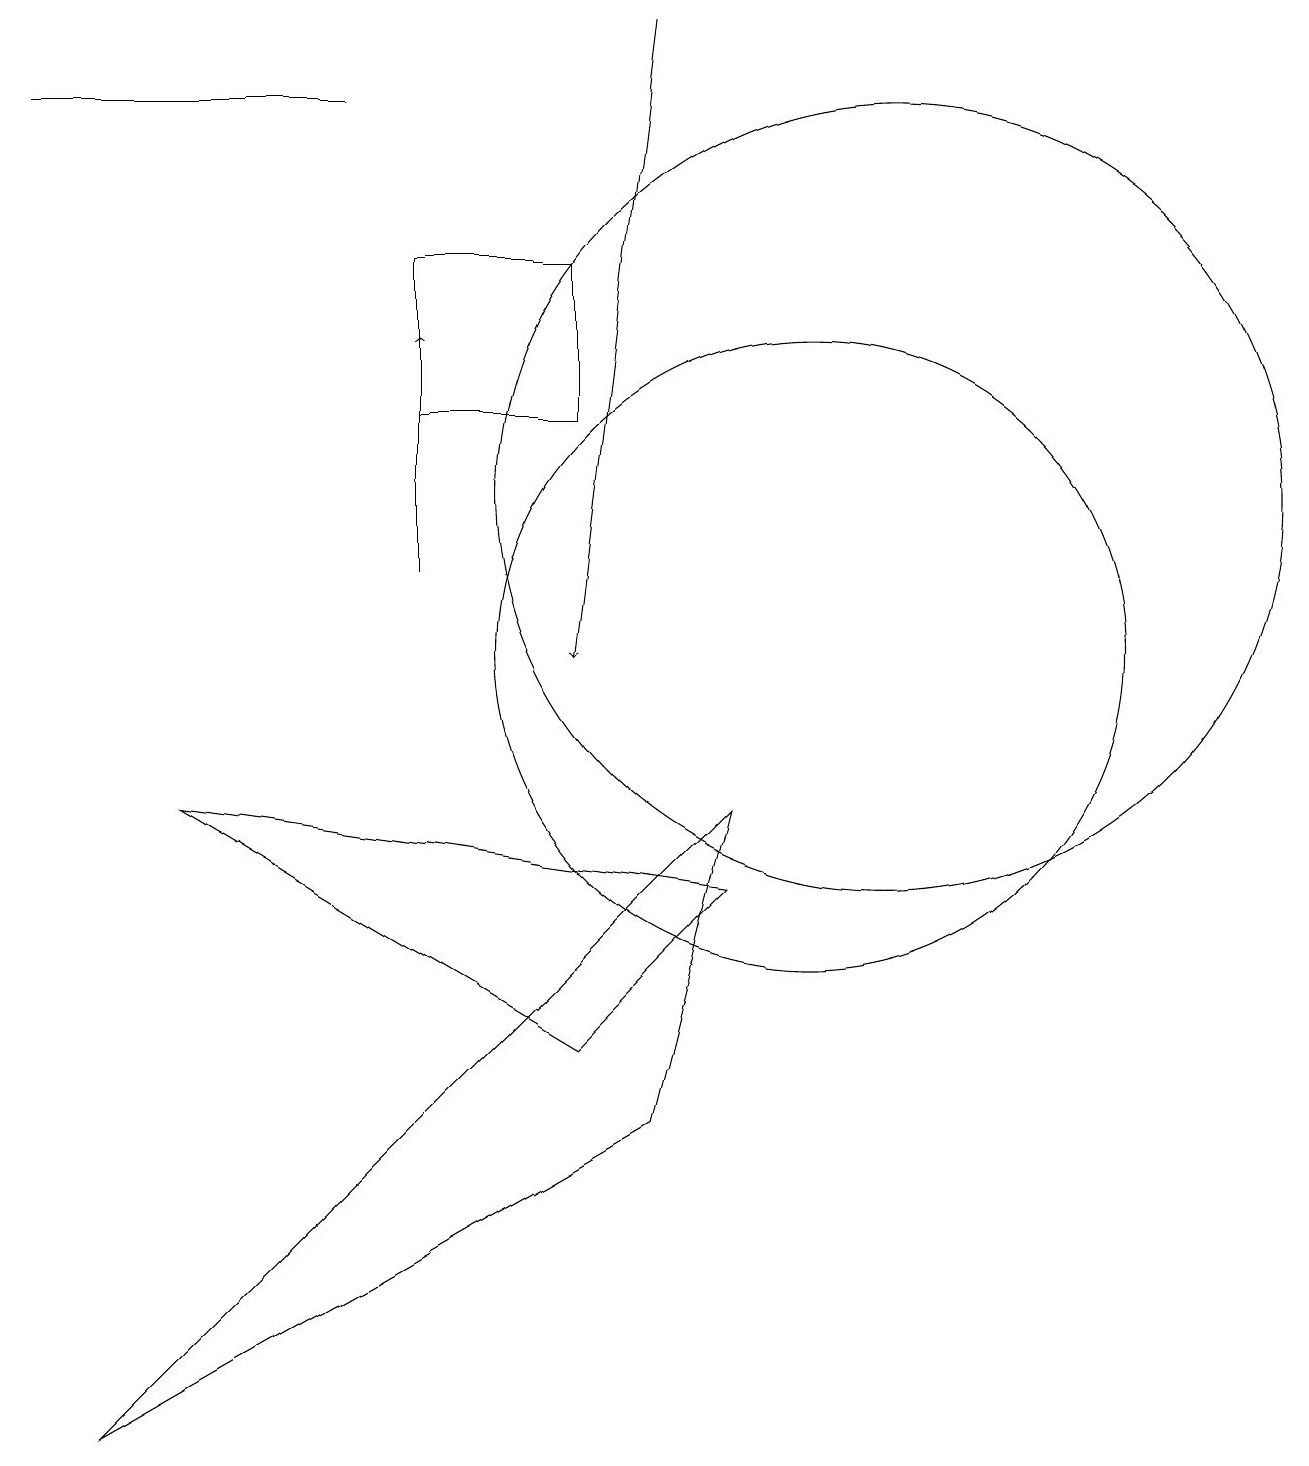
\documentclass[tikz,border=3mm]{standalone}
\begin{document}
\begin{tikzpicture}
\draw (7,15) rectangle (5,13);
\draw[->] (5,11) -- (5,14);
\draw[->] (8,18) -- (7,10);
\draw (8,4) -- (9,8) -- (1,0) -- cycle;
\draw (4,17) rectangle (0,17);
\draw (11,12) circle (5);
\draw (7,5) -- (9,7) -- (2,8) -- cycle;
\draw (10,10) circle (4);
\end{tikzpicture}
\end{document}